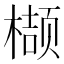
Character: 𮲺